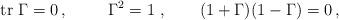
LaTeX: \begin{align*}{\rm tr}\ \Gamma=0\, ,\hspace{1cm}\Gamma^2=1 \ ,\qquad (1+ \Gamma) (1- \Gamma)=0\, ,\end{align*}